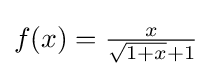
\textstyle {f(x)={\frac {x}{{\sqrt {1+x}}+1}}}